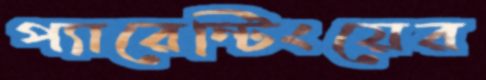
প্যারেন্টিংয়ের